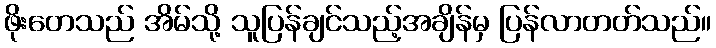
ဖိုးတေသည် အိမ်သို့ သူပြန်ချင်သည့်အချိန်မှ ပြန်လာတတ်သည်။